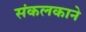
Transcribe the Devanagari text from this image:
संकलकाने